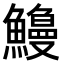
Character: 𫙿